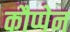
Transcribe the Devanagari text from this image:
कौप्पेन